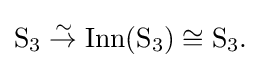
{\textstyle \mathrm {S} _{3}\mathrel {\overset {\sim }{\to }} \operatorname {Inn} (\mathrm {S} _{3})\cong \mathrm {S} _{3}.}